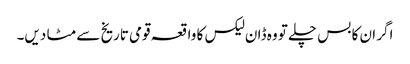
اگر ان کا بس چلے تو وہ ڈان لیکس کا واقعہ قومی تاریخ سے مٹا دیں۔